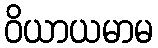
ဝိယာယမာမ